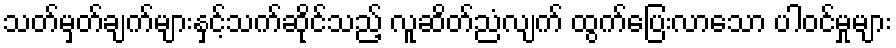
သတ်မှတ်ချက်များနှင့်သက်ဆိုင်သည့် လူဆိတ်ညံလျက် ထွက်ပြေးလာသော ပါဝင်မှုများ